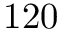
1 2 0